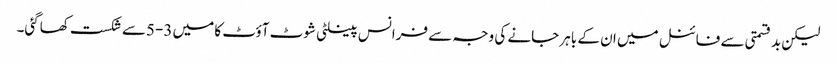
لیکن بدقسمتی سے فائنل میں ان کے باہر جانے کی وجہ سے فرانس پینلٹی شوٹ آؤٹ کا میں 3-5سے شکست کھاگئی۔